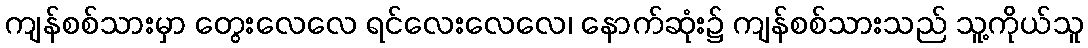
ကျန်စစ်သားမှာ တွေးလေလေ ရင်လေးလေလေ၊ နောက်ဆုံး၌ ကျန်စစ်သားသည် သူ့ကိုယ်သူ